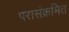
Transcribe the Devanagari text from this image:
परासंक्रमित